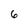
Character: 6